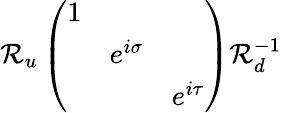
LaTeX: \mathcal{R}_{u}\left(\begin{array}{ccc}{{1}}&{{}}&{{}}\\ {{}}&{{e^{i\sigma}}}&{{}}\\ {{}}&{{}}&{{e^{i\tau}}}\end{array}\right)\mathcal{R}_{d}^{-1}